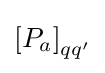
\left[P_{a}\right]_{qq^{\prime }}